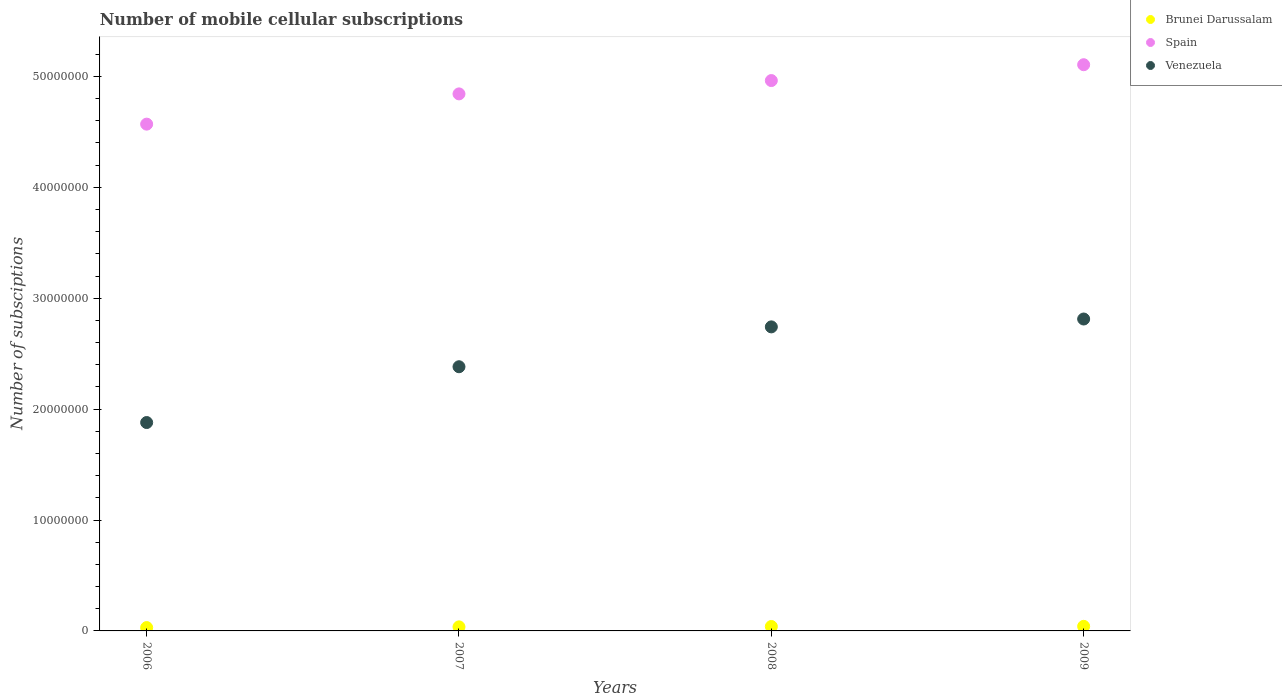
| Years | Brunei Darussalam | Spain | Venezuela |
 | --- | --- | --- | --- |
 | 2006 | 3.01e+05 | 4.57e+07 | 1.88e+07 |
 | 2007 | 3.66e+05 | 4.84e+07 | 2.38e+07 |
 | 2008 | 3.99e+05 | 4.96e+07 | 2.74e+07 |
 | 2009 | 4.13e+05 | 5.11e+07 | 2.81e+07 |